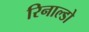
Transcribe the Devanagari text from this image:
रिनाल्डो